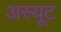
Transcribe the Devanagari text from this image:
अस्यूट